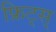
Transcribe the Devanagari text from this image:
फ्रिट्स्